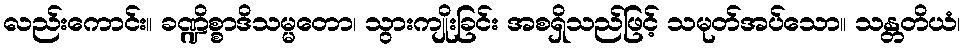
လည်းကောင်း။ ခဏ္ဍိစ္စာဒိသမ္မတော၊ သွားကျိုးခြင်း အစရှိသည်ဖြင့် သမုတ်အပ်သော။ သန္တတိယံ၊